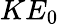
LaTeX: KE_{0}